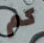
كم